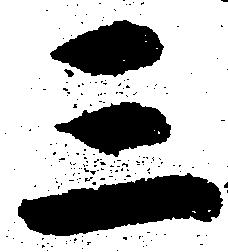
三